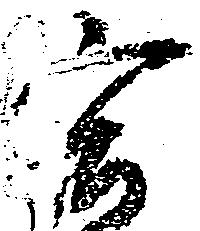
宮